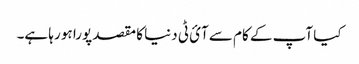
کیا آپ کے کام سے آئ ٹی دنیا کا مقصد پورا ہو رہا ہے۔